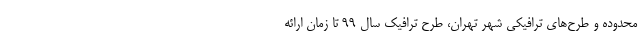
محدوده و طرح‌های ترافیکی شهر تهران، طرح ترافیک سال ۹۹ تا زمان ارائه